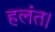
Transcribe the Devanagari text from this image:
हलंत।